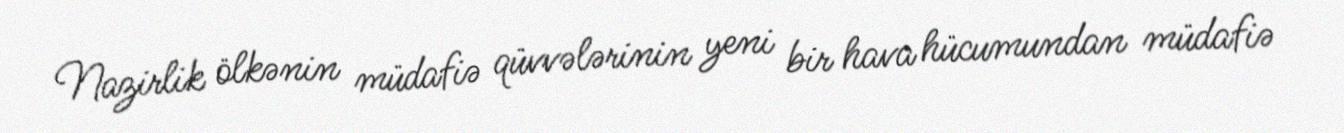
Nazirlik ölkənin müdafiə qüvvələrinin yeni bir hava hücumundan müdafiə